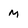
Character: M